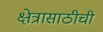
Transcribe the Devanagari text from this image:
क्षेत्रासाठीची